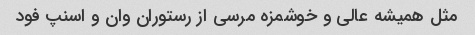
مثل همیشه عالی و خوشمزه مرسی از رستوران وان و اسنپ فود